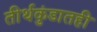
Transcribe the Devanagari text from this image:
तीर्थकुंडातही